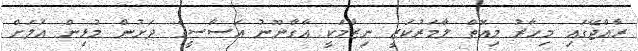
ރާއްޖޭގައި މިހާރު މިއޮތް ލާމަރުކަޒީ ނިޒާމަކީ އާގާނޫނު އަސާސީގެ ދަށުން މުޅިން އަލަށް